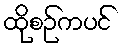
ထိုစဉ်ကပင်